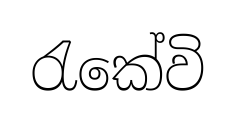
රැකේවි